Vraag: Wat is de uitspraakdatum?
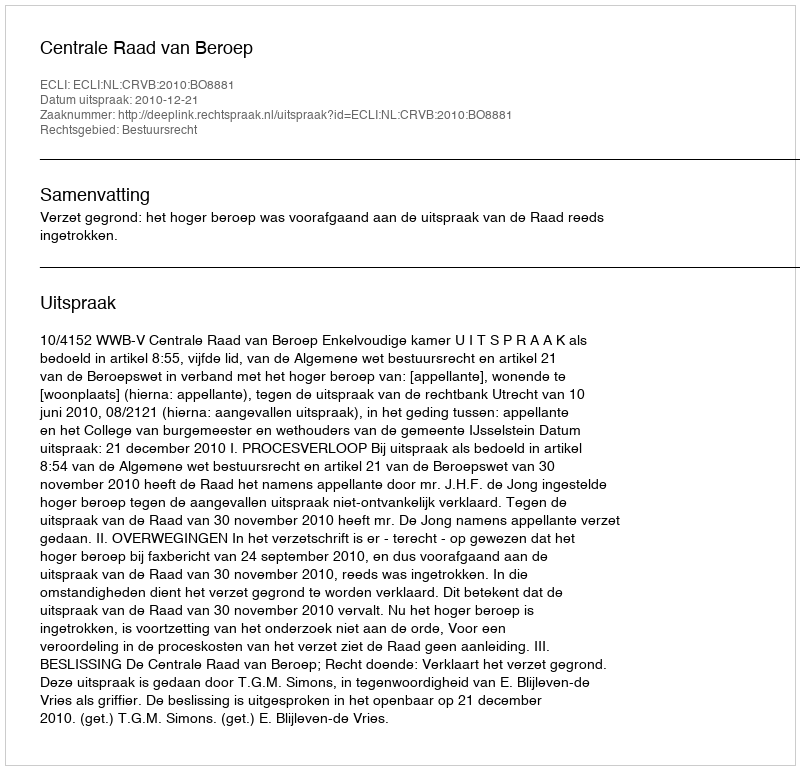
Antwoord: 2010-12-21